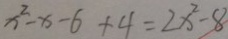
x ^ { 2 } - x - 6 + 4 = 2 x ^ { 2 } - 8